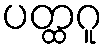
ပတ္ထဂူ